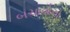
બચાવોના